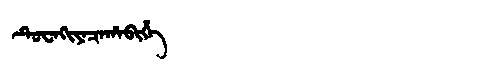
Manchu: ᡨᡠᠸᠠᡴᡳᠶᠠᠴᠠᡥᠠᠪᡳᡥᡝ
Romanization: TUWAKIYACAHABIHE